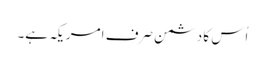
اُس کا دشمن صرف امریکہ ہے۔